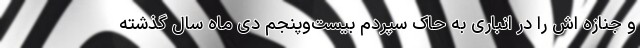
و جنازه اش را در انباری به حاک سپردم بیست‌وپنجم دی ماه‌ سال گذشته